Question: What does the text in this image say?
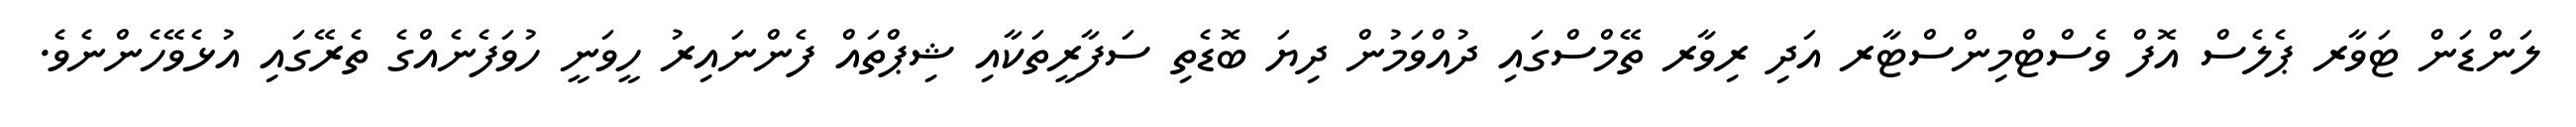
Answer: ލަންޑަން ޓަވާރ ޕެލެސް އޮފް ވެސްޓްމިންސްޓާރ އަދި ރިވާރ ތޭމްސްގައި ދުއްވަމުން ދިޔަ ބޮޑެތި ސަފާރީތަކާއި ޝިޕްތައް ފެންނައިރު ހީވަނީ ހުވަފެނެއްގެ ތެރޭގައި އުޅެވޭހެންނެވެ.